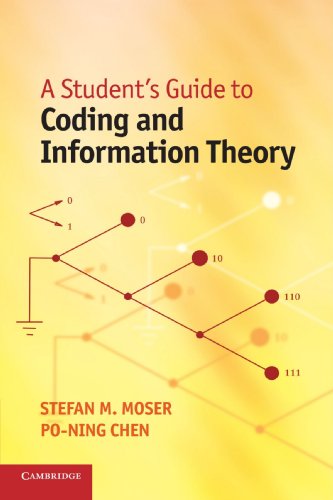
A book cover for A Student's Guide to Coding and Information Theory; Stefan M. Moser; Computers & Technology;